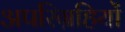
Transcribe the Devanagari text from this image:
अपरिग्रहियों